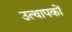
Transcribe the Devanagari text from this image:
उत्थापकों